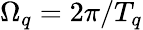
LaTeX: \Omega_{q}=2\pi/T_{q}